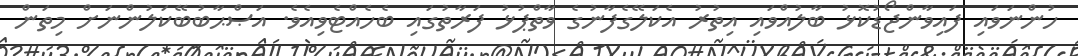
ހުންނަވައި ފައިވާންޖޯޑުކޮޅު ބާލުއްވައި އިތުރު އެކަލޭގެފާނުގެ ވާތްޕުޅު ފަރާތުގައި ބެހެއްޓެވިއެވެ. އަޞްޙާބުބޭކަލުންނަށް މިތަން